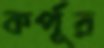
কর্পূর